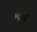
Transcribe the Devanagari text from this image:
नन्ड